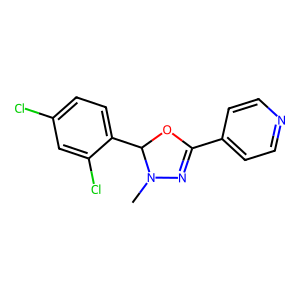
SMILES: CN1N=C(c2ccncc2)OC1c1ccc(Cl)cc1Cl
Inhibits HIV replication: No